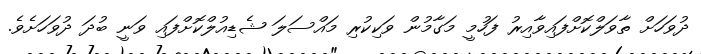
ދުވަހަށް ތާވަލްކޮށްފައިވާއިރު ފަހުމީ މަގާމުން ވަކިކުރި މައްސަލަ ޝެޑިއުލްކޮށްފައި ވަނީ ބުދަ ދުވަހަށެވެ.